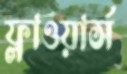
ফ্লাওয়ার্স